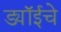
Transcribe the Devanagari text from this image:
ड्यॉईचे